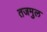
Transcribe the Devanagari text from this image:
तजमुल